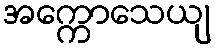
အက္ကောသေယျ